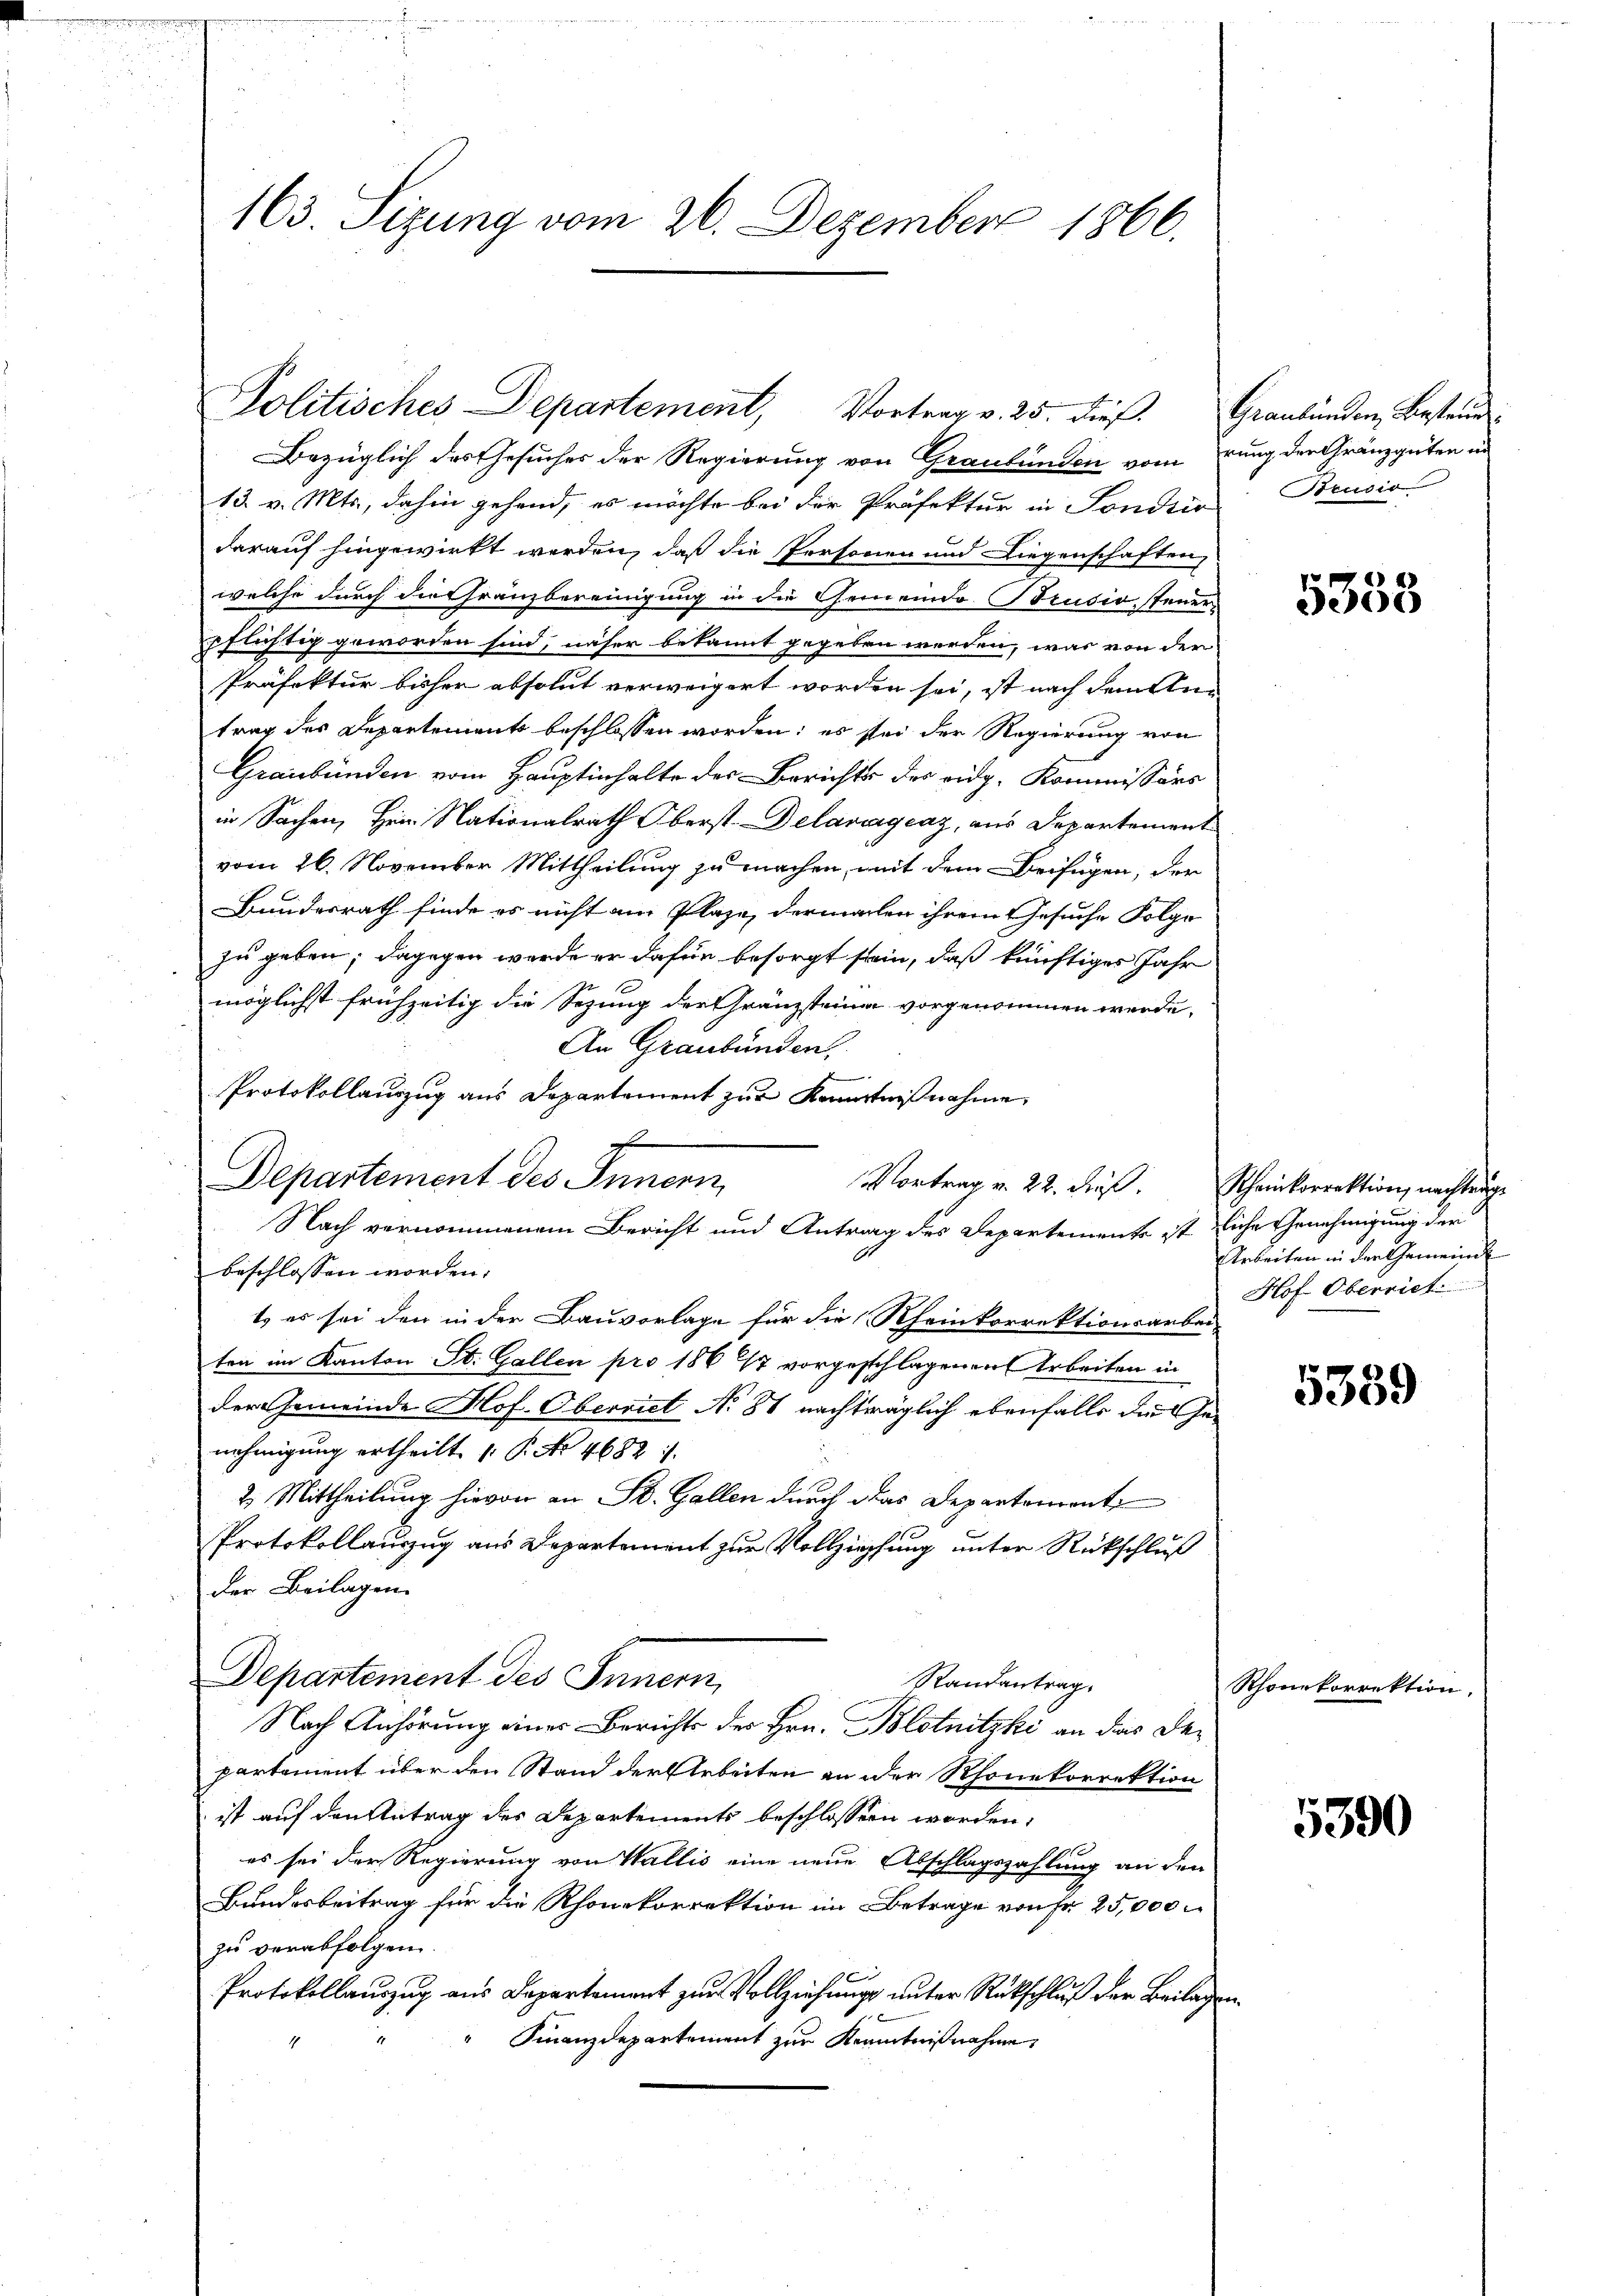
163. Sizung vom 26. Dezember 1866.

Politisches Departement, Vortrag v. 25. dieß.

Bezüglich des Gesuches der Regierung von Graubünden vom rung der Gränzgüten un
13. v. Mts., dahin gehend, es möchte bei der Profektur in Sondir
darauf hingewirkt werden, daß die Personen und Liegenschaften,
welche durch die Granzbereinigung in die Gemeinde Brusivsteuerpflichtig geworden sind, näher bekannt gegeben werden, was von der
Präfektur bisher absolut verweigert worden sei, ist nach den Antrag des Departement beschlossen worden; es sei der Regierung von
Graubünden vom Hauptinhalte des Berichts des eidg. Kommissärs
in Sachen, Hein. Nationalrath Oberst Delariageaz, aus Departement
vom 26. November Mittheilung zu machen, mit dem Beifügen, der
Bundesrath finde es nicht am Plaze, dermachen ihrem Gesuche Folge
zu geben; dagegen werde er dafür besorgt sein, daß künftiges Jahr
möglichst frühzeitig die Sezung der Gränzsteiner vorgenommen werde.
An Graubünden.
Protokollauszug aus Departement zur Kenntnißnahme,
Departement des Innern,
Vortrag v. 22. Fuß.
Nach vernommenem Bericht und Antrag des Departements ist siche Genehmigung der
beschlossen worden.
t es sei den in der Bauvorlage für die Rheinkorrektionsarbei-
ten im Kanton St. Gallen pro 1867 vorgeschlagenen Arbeiten in
der Gemeinde Hof. Oberriet No 81 nachträglich ebenfalls das
nehmigung ertheilt v. P. Nr. 46821.
2. Mittheilung hievon an St. Gallen durch das Departement
Protokollauszug aus Departement zur Vollziehung unter Rückschluß
der Beilagen
Departement des Innern,
Randantrag.
Nach Anhörung einer Berichts des Hrn. Blotnitzki an das Departement über den Stand der Arbeiten an der Rhonekorrektion
ist auf den Antrag des Departements beschlossen worden;
es sei der Regierung von Wallis eine neue Abschlagszahlung an den
Bundesbeitrag für die Rhonekorrektion im Betrage von Fr. 25,000.
zu verabfolgen.
Protokollauszug aus Departement zur Vollziehungs unter Rückschluß der Beilag
Finanzdepartement zur Kenntnißnahme

Graubünden Bestand.
Brusio

5358

Scheinkorrektion, nachtunge
Arbeiten in der Gemeinde
Hof Oberriet

5359

Rhonekorrektion.

5390